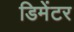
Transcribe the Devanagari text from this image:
डिमेंटर